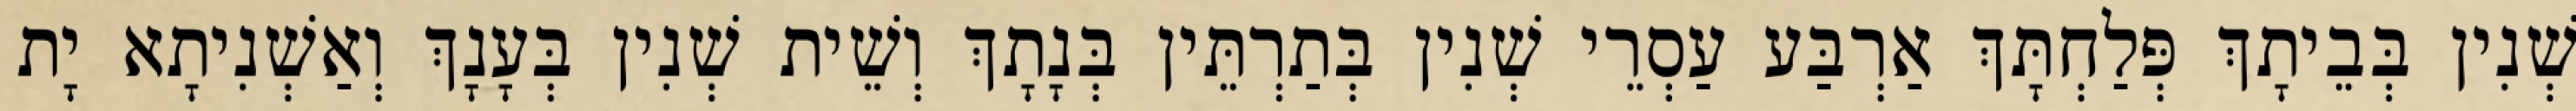
שְׁנִין בְּבֵיתָךְ פְּלַחְתָּךְ אַרְבַּע עַסְרֵי שְׁנִין בְּתַרְתֵּין בְּנָתָךְ וְשֵׁית שְׁנִין בְּעָנָךְ וְאַשְׁנִיתָא יָת